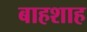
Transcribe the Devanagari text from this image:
बाहशाह